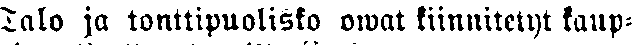
Talo ja tonttipuolisko owat kiinnitetyt kaup-